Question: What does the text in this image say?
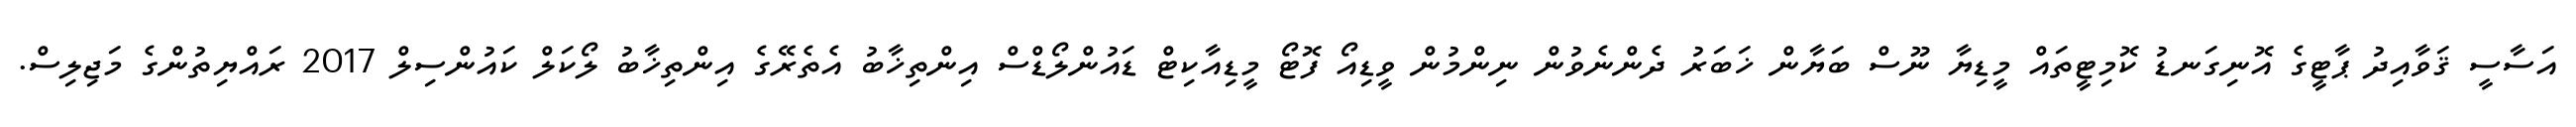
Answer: އަސާސީ ޤަވާއިދު ޕާޓީގެ އޮނިގަނޑު ކޮމިޓީތައް މީޑިޔާ ނޫސް ބަޔާން ޚަބަރު ދެންނެވުން ނިންމުން ވީޑިއޯ ފޮޓޯ މީޑިއާކިޓް ޑައުންލޯޑްސް އިންތިޚާބު އެތެރޭގެ އިންތިޚާބު ލޯކަލް ކައުންސިލް 2017 ރައްޔިތުންގެ މަޖިލިސް.